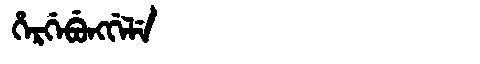
Manchu: ᡥᡝᡵᡤᡝᠪᡠᠩᡤᡝᠯᡝ
Romanization: HERGEBUNGGELE